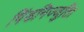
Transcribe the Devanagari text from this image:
पिंडनिज्जुति।